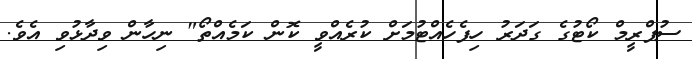
ސުޕްރީމް ކޯޓުގެ ގަދަރު ހިފެހެއްޓުމަށް ކުރެއްވީ ކޮން ކަމެއްތޯ" ނިހާން ވިދާޅުވި އެވެ.